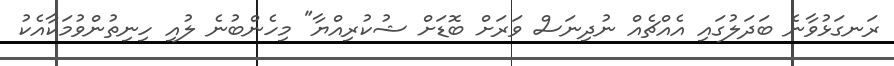
ރަނގަޅުވާނެ ބަދަލުގައި އެއްޗެއް ނުދިނަސް ވަރަށް ބޮޑަށް ޝުކުރިއްޔާ" މިހެންބުނެ ލުއި ހިނިތުންވުމަކާއެކު